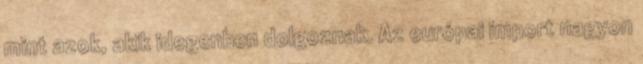
mint azok, akik idegenben dolgoznak. Az európai import nagyon